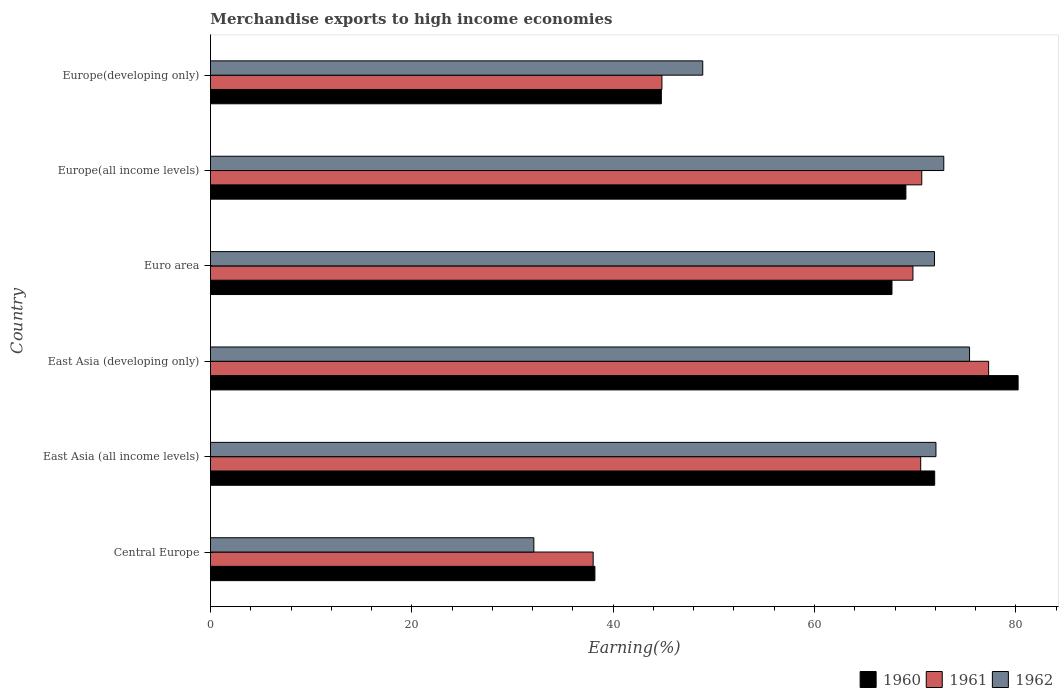
| Country | 1960 | 1961 | 1962 |
 | --- | --- | --- | --- |
 | Central Europe | 38.2 | 38 | 32.1 |
 | East Asia (all income levels) | 71.9 | 70.6 | 72.1 |
 | East Asia (developing only) | 80.2 | 77.3 | 75.4 |
 | Euro area | 67.7 | 69.8 | 71.9 |
 | Europe(all income levels) | 69.1 | 70.7 | 72.8 |
 | Europe(developing only) | 44.8 | 44.8 | 48.9 |